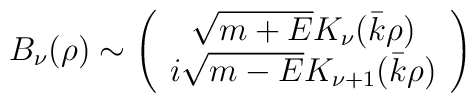
B_{\nu}(\rho)\sim \left(\begin{array}{c}\sqrt{m+E} K_{\nu}(\bar k\rho)\\i\sqrt{m-E} K_{\nu+1}(\bar k\rho)\end{array}\right)